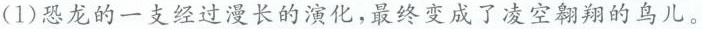
(1)恐龙的一支经过漫长的演化，最终变成了凌空翱翔的鸟儿。